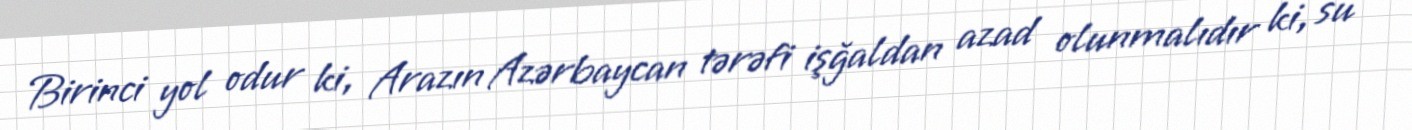
Birinci yol odur ki, Arazın Azərbaycan tərəfi işğaldan azad olunmalıdır ki, su